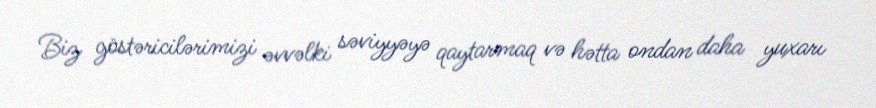
Biz göstəricilərimizi əvvəlki səviyyəyə qaytarmaq və hətta ondan daha yuxarı